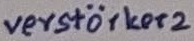
Text: verstärker2